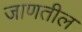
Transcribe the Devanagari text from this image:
जाणतील